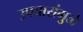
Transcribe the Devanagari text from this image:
उपचारांमुळे